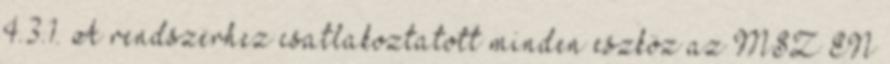
4.3.1. A rendszerhez csatlakoztatott minden eszköz az MSZ EN